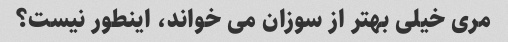
مری خیلی بهتر از سوزان می خواند، اینطور نیست؟